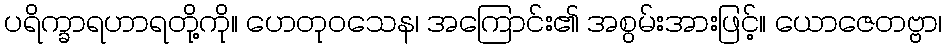
ပရိက္ခာရဟာရတို့ကို။ ဟေတုဝသေန၊ အကြောင်း၏ အစွမ်းအားဖြင့်။ ယောဇေတဗ္ဗာ၊